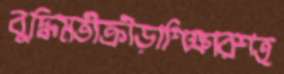
বুদ্ধিমতীক্রীড়াশিক্ষারশত্